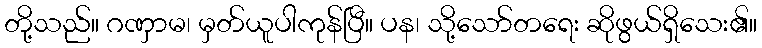
တို့သည်။ ဂဏှာမ၊ မှတ်ယူပါကုန်ပြီ။ ပန၊ သို့သော်တရေး ဆိုဖွယ်ရှိသေး၏။